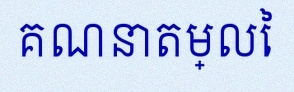
គណនាតម្លៃ